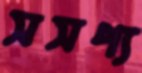
সসপ্য